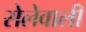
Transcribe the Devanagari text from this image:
सेलेवाली